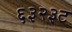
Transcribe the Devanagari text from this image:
६३२३ट